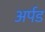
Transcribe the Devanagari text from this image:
अर्पड